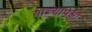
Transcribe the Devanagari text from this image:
याच्यापेक्षा